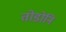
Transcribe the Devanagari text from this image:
तोडोनि